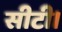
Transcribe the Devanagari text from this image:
सीटी।